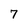
Character: 7